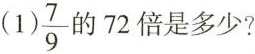
（1)\frac{7}{9}的72倍是多少?